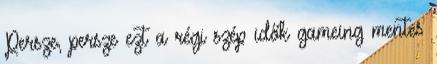
Persze, persze ezt a régi szép idők gameing mentes